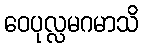
ဝေပုလ္လမဂမာသိ